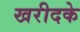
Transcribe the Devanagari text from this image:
खरीदके